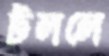
টললে